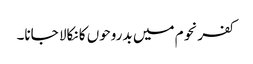
کفرنحوم میں بدروحوں کا نکالا جانا۔